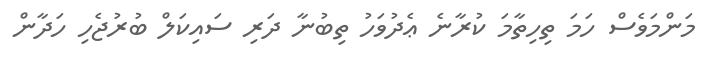
މަންމަވެސް ހަމަ ތިހިތާމަ ކުރާނެ ޢެދުވަހު ތިބުނާ ދަރި ސައިކަލް ބުރުޖެހި ހަދާން